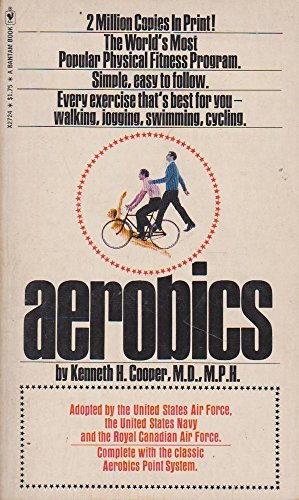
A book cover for Aerobics,; Kenneth H Cooper; Health, Fitness & Dieting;